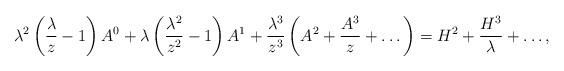
LaTeX: \begin{align*}\lambda^2\left(\frac{\lambda}{z}-1\right)A^0+\lambda\left(\frac{\lambda^2}{z^2}-1\right)A^1+\frac{\lambda^3}{z^3}\left(A^2+\frac{A^3}{z}+\dots\right)=H^2+\frac{H^3}{\lambda}+\dots,\end{align*}